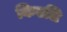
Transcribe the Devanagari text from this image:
किएलि